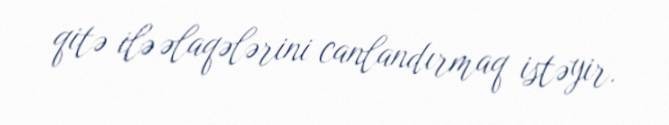
qitə ilə əlaqələrini canlandırmaq istəyir.